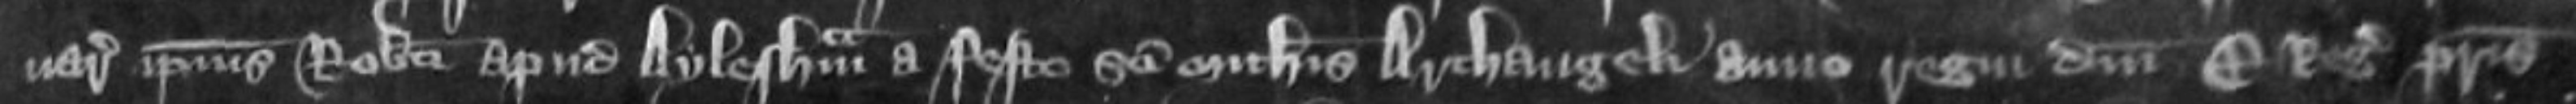
nariorum ipsius Roberti apud Aylesham a festo Sancti Michaelis Archangeli anno regni domini Edwardi regis patris